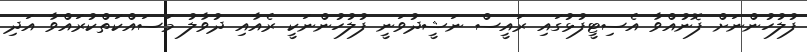
ފުލުހުންނަށް ފޮނުއްވާ އެސިޓީފުޅުގައި ރައީސް ނަޝީދުވަނީ ފުލުހުންނަކީ ރެއާއި ދުވާލު މަސައްކަތްކުރައްވާ އަދި